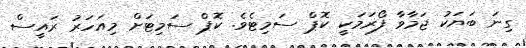
ގިނަ ބަޔަކު ޖަމާވާ ފޯރަމަކީ ކޮޕް ސަމިޓެވެ. ކޮޕް ސަމިޓަށް މިއަހަރު ރައީސް